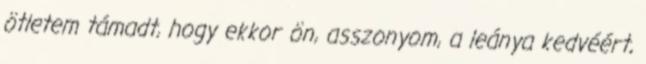
ötletem támadt, hogy ekkor ön, asszonyom, a leánya kedvéért,